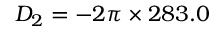
D _ { 2 } = - 2 \pi \times 2 8 3 . 0